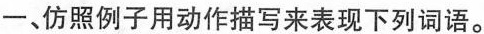
一、仿照例子用动作描写来表现下列词语。